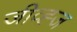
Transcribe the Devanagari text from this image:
जीव्ह्ज